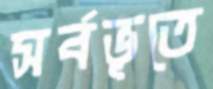
সর্বভূতে